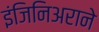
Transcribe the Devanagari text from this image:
इंजिनिअराने